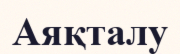
Аяқталу